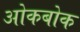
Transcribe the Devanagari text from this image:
ओकबोक